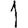
Digit: 1